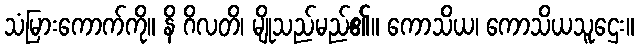
သံမြားကောက်ကို။ နိ ဂိလတိ၊ မျိုသည်မည်၏။ ကောသိယ၊ ကောသိယသူဌေး။